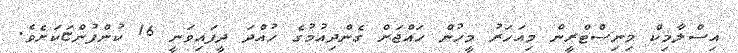
އިސްލާމިކް މިނިސްޓްރީން މިއަހަރު މީހުން ހައްޖަށް ގެންދިއުމުގެ ހުއްދަ ދީފައިވަނީ 16 ކުންފުންޏަކަށެވެ.